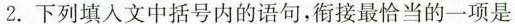
2.下列填入文中括号内的语句，衔接最恰当的一项是